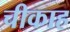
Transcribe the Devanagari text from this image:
चीकाह